Investigations into the jail dietaries of the United Provinces with some observations on the influence of dietary on the physical development and well-being of the people of the United Provinces - Number 48
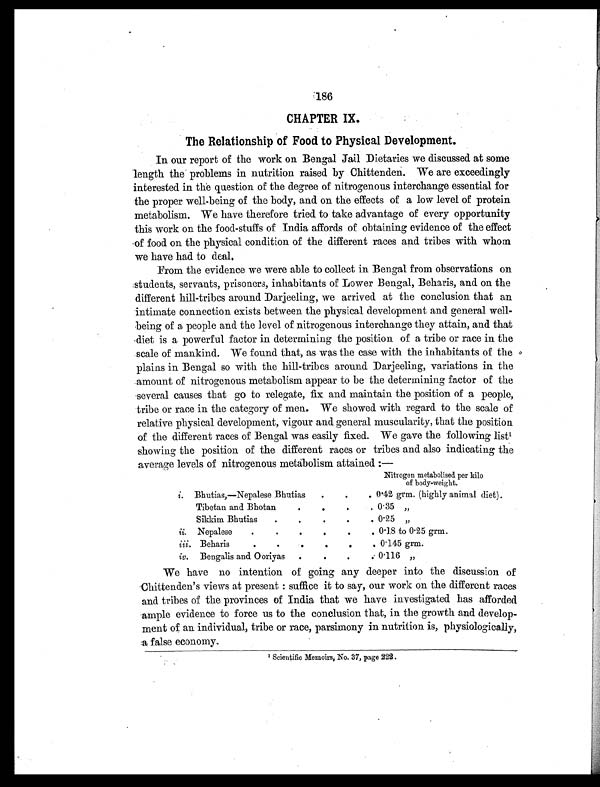
186
CHAPTER IX.
The Relationship of Food to Physical Development.
In our report of the work on Bengal Jail Dietaries we discussed at some
length the problems in nutrition raised by Chittenden. We are exceedingly
interested in the question of the degree of nitrogenous interchange essential for
the proper well-being of the body, and on the effects of a low level of protein
metabolism. We have therefore tried to take advantage of every opportunity
this work on the food-stuffs of India affords of obtaining evidence of the effec
of food on the physical condition of the different races and tribes with whom
we have had to deal.
From the evidence we were able to collect in Bengal from observations on
students, servants, prisoners, inhabitants of Lower Bengal, Beharis, and on the
different hill-tribes around Darjeeling, we arrived at the conclusion that an
intimate connection exists between the physical development and general well-
being of a people and the level of nitrogenous interchange they attain, and that
diet is a powerful factor in determining the position of a tribe or race in the
scale of mankind. We found that, as was the case with the inhabitants of the
plains in Bengal so with the hill-tribes around Darjeeling, variations in the
amount of nitrogenous metabolism appear to be the determining factor of the
several causes that go to relegate, fix and maintain the position of a people,
tribe or race in the category of men. We showed with regard to the scale of
relative physical development, vigour and general muscularity, that the position
of the different races of Bengal was easily fixed. We gave the following list 1
showing the position of the different races or tribes and also indicating the
averag e levels of nitrog
en
ous metabolism attained :—
Nitrogen metabolised per kilo
of body-weight.
i. Bhutias,—Nepalese Bhutias
.
.
. 0.42 grm. (highly animal diet).
Tibetan and Bhotan
.
.
.
. 0.35 „
Sikkim Bhutias
.
.
.
.
. 0.25 „
ii. Nepalese
.
.
. . .
. 0.18 to 0.25 grm.
iii. Beharis
. . . .
. 0.145 grm.
iv. Bengalis and Ooriyas
.
.
.
. 0.116 „
We have no intention of going any deeper into the discussion of
Chittenden's views at present : suffice it to say, our work on the different races
and tribes of the provinces of India that we have investigated has afforded
ample evidence to force us to the conclusion that, in the growth and develop-
ment of an individual, tribe or race, parsimony in nutrition is, physiologically,
a false economy.
1
Scientific Memoirs, No. 37, page 222.